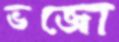
ভজো